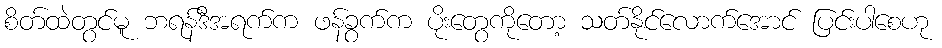
စိတ်ထဲတွင်မူ ဘရန်ဒီအရက်က ဖန်ခွက်က ပိုးတွေကိုတော့ သတ်နိုင်လောက်အောင် ပြင်းပါစေဟု